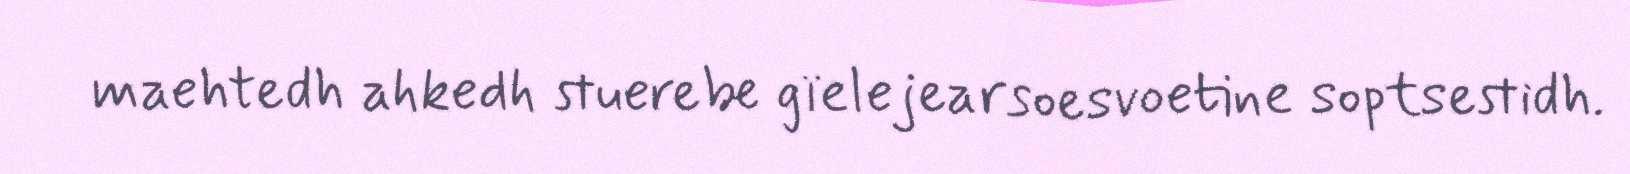
maehtedh ahkedh stuerebe gïelejearsoesvoetine soptsestidh.